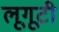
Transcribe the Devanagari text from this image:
लूगूटी